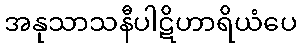
အနုသာသနီပါဋိဟာရိယံပေ